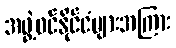
အဖွဲ့ဝင်နိုင်ငံများအကြား